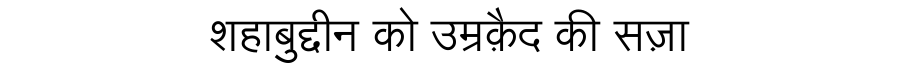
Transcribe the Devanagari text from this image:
शहाबुद्दीन को उम्रक़ैद की सज़ा